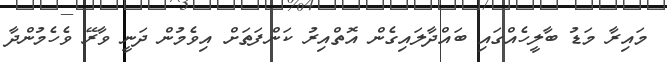
މައިރާ މަޑު ބާލީހެއްގައި ބައްދާލައިގެން އޮތްއިރު ކަންފަތަށް އިވެމުން ދަނީ ވާރޭ ވެހެމުންދާ